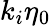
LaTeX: k_{i}\eta_{0}